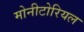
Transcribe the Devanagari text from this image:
मोनीटोरियल